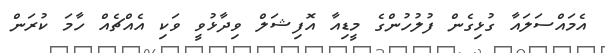
އެމައްސަލައާ ގުޅިގެން ފުލުހުންގެ މީޑިއާ އޮފިޝަލް ވިދާޅުވީ ވަކި އެއްޗެއް ހާމަ ކުރަން